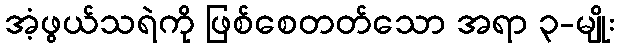
အံ့ဖွယ်သရဲကို ဖြစ်စေတတ်သော အရာ ၃-မျိုး